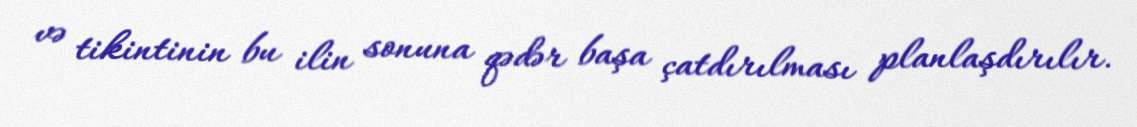
və tikintinin bu ilin sonuna qədər başa çatdırılması planlaşdırılır.